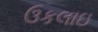
ઉકલાઇ